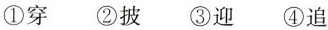
①穿 ②披 ③迎 ④追